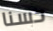
حسنا